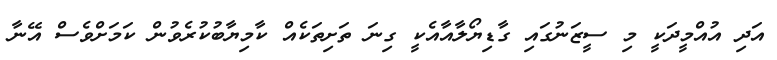
އަދި އުއްމީދަކީ މި ސީޒަނުގައި ގާޑިޔޯލާއާއެކީ ގިނަ ތަށިތަކެއް ކާމިޔާބުކުރެވުން ކަމަށްވެސް އޭނާ